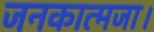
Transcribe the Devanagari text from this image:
जनकात्मजा।